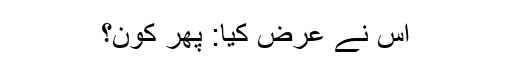
اس نے عرض کیا: پھر کون؟